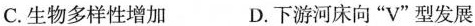
C.生物多样性增加 D.下游河床向”V”型发展